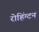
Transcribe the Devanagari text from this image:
रोहिंग्टन